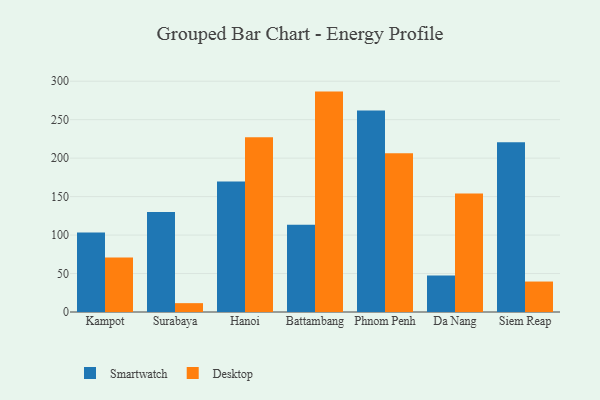
{"axis": {"x": "City", "y": "Bounce Rate (%)"}, "legend": ["Desktop", "Smartwatch"], "data": [{"x": "Kampot", "y": 103.3, "type": "Smartwatch"}, {"x": "Kampot", "y": 71.0, "type": "Desktop"}, {"x": "Surabaya", "y": 130.1, "type": "Smartwatch"}, {"x": "Surabaya", "y": 11.5, "type": "Desktop"}, {"x": "Hanoi", "y": 169.6, "type": "Smartwatch"}, {"x": "Hanoi", "y": 227.1, "type": "Desktop"}, {"x": "Battambang", "y": 113.3, "type": "Smartwatch"}, {"x": "Battambang", "y": 286.5, "type": "Desktop"}, {"x": "Phnom Penh", "y": 262.0, "type": "Smartwatch"}, {"x": "Phnom Penh", "y": 206.4, "type": "Desktop"}, {"x": "Da Nang", "y": 47.6, "type": "Smartwatch"}, {"x": "Da Nang", "y": 154.1, "type": "Desktop"}, {"x": "Siem Reap", "y": 220.6, "type": "Smartwatch"}, {"x": "Siem Reap", "y": 39.6, "type": "Desktop"}]}